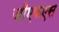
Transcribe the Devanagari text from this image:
जीएफएस